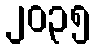
၂၀၃၅